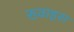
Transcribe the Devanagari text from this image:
ख्वाइस